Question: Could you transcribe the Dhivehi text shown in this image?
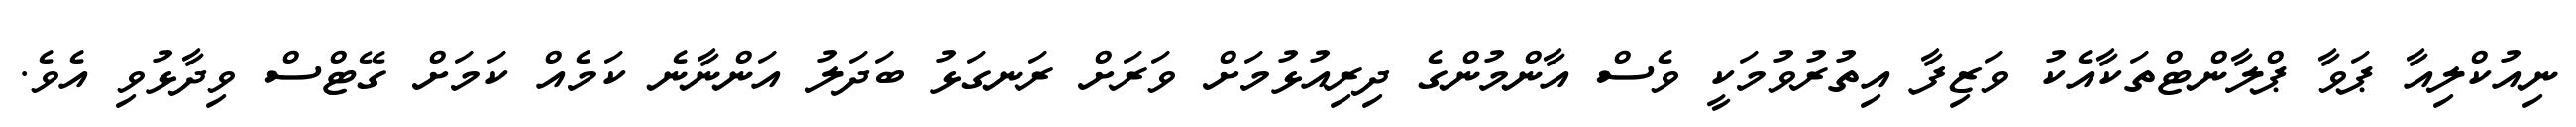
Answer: ނިއުކްލިއާ ޕަވާ ޕްލާންޓްތަކާއެކު ވަޒިފާ އިތުރުވުމަކީ ވެސް އާންމުންގެ ދިރިއުޅުމަށް ވަރަށް ރަނގަޅު ބަދަލު އަންނާނެ ކަމެއް ކަމަށް ގޭޓްސް ވިދާޅުވި އެވެ.